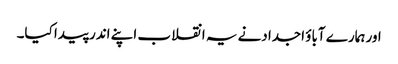
اور ہمارے آباؤ اجدادنے یہ انقلاب اپنے اندر پیدا کیا۔